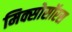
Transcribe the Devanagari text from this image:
मिक्सोसॉरस